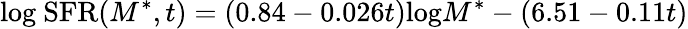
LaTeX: \mathrm{log~SFR}(M^{*},t)=(0.84-0.026t)\mathrm{log}M^{*}-(6.51-0.11t)